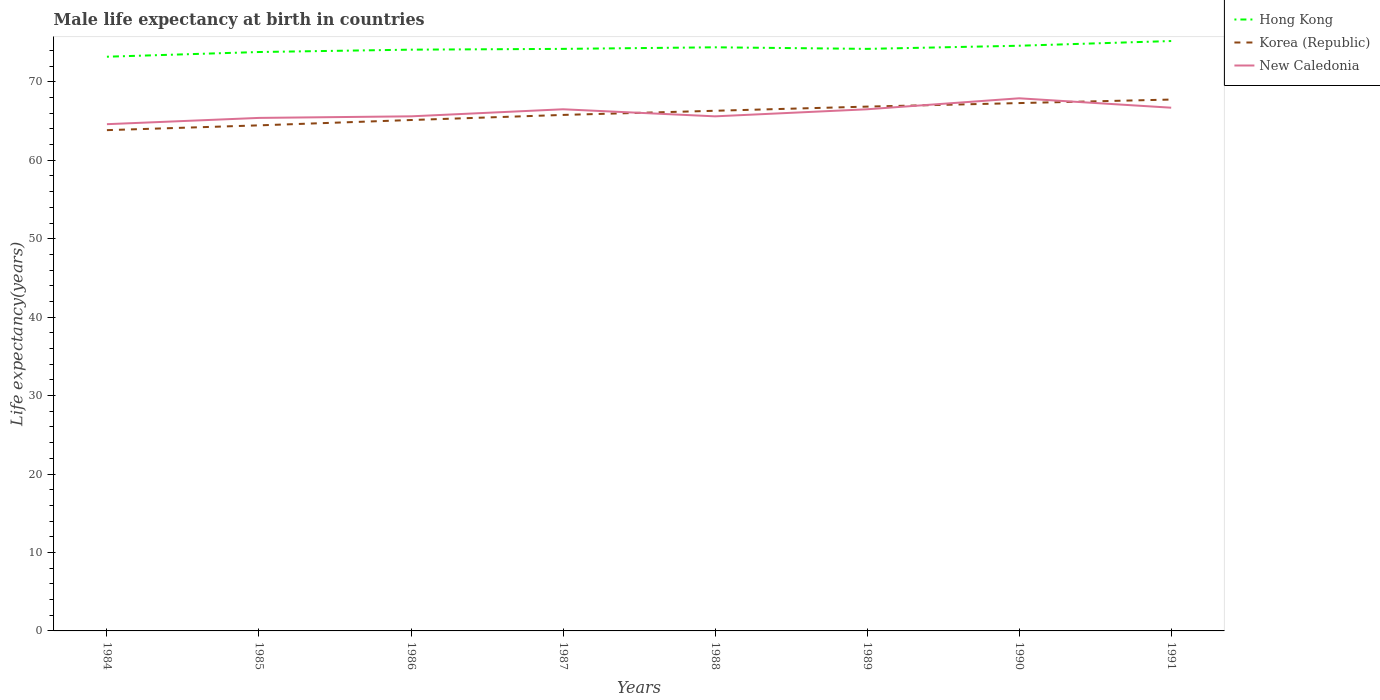
| Years | Hong Kong | Korea (Republic) | New Caledonia |
 | --- | --- | --- | --- |
 | 1984 | 73.2 | 63.8 | 64.6 |
 | 1985 | 73.8 | 64.5 | 65.4 |
 | 1986 | 74.1 | 65.1 | 65.6 |
 | 1987 | 74.2 | 65.8 | 66.5 |
 | 1988 | 74.4 | 66.3 | 65.6 |
 | 1989 | 74.2 | 66.8 | 66.5 |
 | 1990 | 74.6 | 67.3 | 67.9 |
 | 1991 | 75.2 | 67.7 | 66.7 |